Memorandum on the prevention of leprosy by segregation of the affected
Disease focus: Leprosy
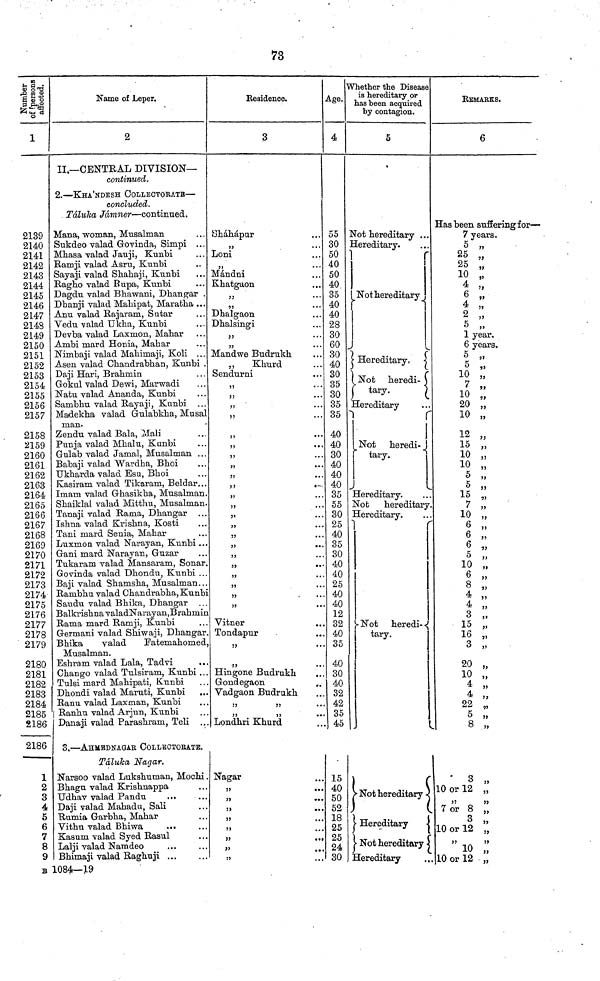
73
Number of persons affected.
1
2139
2140
2141
2142
2143
2144
2145
2146
2147
2143
2149
2150
2151
2152
2153
2154
2155
2156
2157
2158
2159
2160
2161
2162
2163
2164
2165
2166
2167
2168
2169
2170
2171
2172
2173
2174
2175
2176
2177
2178
2179
2180
2181
2182
2183
2184
2185
2186
2186
1
2
3
4
5
6
7
8
9
Name of Leper.
2
II.— CENTRAL DIVISION—
continued.
2. — KHA'NDESH COLLECTOEATE —
concluded.
Taluka Jamner — continued.
Mana, woman, Musalman
Sukdeo valad Govinda, Simpi ...
Mhasa valad Jauji, Kunbi
Ramji valad Asru, Kunbi
Sayaji valad Shahaji, Kunbi
Ragho valad Bupa, Kunbi
Dagdu valad Bhawani, Dhangar .
Dhanji valad Mabipat, Maratba ...
Anu valad Rajaram, Sutar
Vedu valad Ukha, Kunbi
Devba valad Laxmon, Mahar
Ambi mard Honia, Mabar
Nimbaji valad Mabimaji Koli ...
Asen valad Chandrabban, Kunbi .
Daji Hari, Brahmin
Gokul valad Dewi, Marwadi
Natu valad Ananda, Kunbi
Sambbu valad Rayaji, Kunbi ...
Madekba valad Gulabkha, Musal
man.
Zendu valad Bala, Mali
Punja valad Mbalu, Kinbi
Gulab valad Jamal, Musalman ...
Babaji valad Wardba, Bboi
Ukbarda valad Esu, Bboi
Kasiram valad Tikaram, Beldar...
Imam, valad Ghasikha, Musalman.
Shaiklat valad Mitthu, Musalman.
Tanaji valad Rama, Dhangar ...
Isbna valad Krishna, Kosti
Tani mard Senia, Mabar
Luxmon valad Narayan, Kunbi ...
Gani mard Narayan, Guzar
Tukaram valad Mansaram, Sonar.
Govinda valad Dhondu, Kunbi ...
Baji valad Shamsba, Musalman...
Rarabhu valad Chandrabha, Kunbi
Saudu valad Bhika, Dhangar
Balkrishna valad Narayan, Brabmin
Rama mard Ramji, Kunbi
Germani valad Shiwaji, Dbangar.
Bbika
valad
Fatemahomed,
Musalman.
Esbram valad Lala, Tadvi
...
Chango valad Tulsiram, Kunbi ...
Tulsi mard Mahipati, Kunbi
Dhondi valad Maruti, Kunbi
Ranu valad Laxman, Kunbi
Ranhu valad Arjun, Kunbi
Danaji valad Parasbram, Teli ...
3. — AHMBDNAGAB COLLECTOEATE.
Taluka Nagar.
Narsoo valad Luksbuman, Mochi .
Bhagu valad Krishnappa
Udbav valad Pandu
Daji valad Mahadu, Sali
Rumia Garbha, Mabar
Vithu valad Bhiwa
Kasum valad Syed Rasul
Lalji valad Namdeo
Bbimaji valad Raghuji ...
Residence.
3
Obabapur
"
Loni
"
...
Mandni
Kbatgaon
"
"
. ..
Dhalgaon
Dhalsingi
"
...
...
Mandwe Budrukb
,,
Khurd
Sendurni
"
...
"
...
Vitner
Tondapur
Hingone Budrukb
Gondegaon
Vadgaon Budrukb
Londhri Kburd
Age.
4
55
30
50
40
50
40
35
40
40
28
30
60
30
40
30
35
30
35
35
40
40
30
40
40
40
35
55
30
25
40
35
30
40
40
25
40
40
12
32
40
35
40
30
40
32
42
35
45
Whether the Disease
is hereditary or
has been acquired
by contagion.
5
Not bereditary ...
Hereditary.
Not hereditary
Hereditary
Not
beredi-
tary.
Hereditary
Not
beredi-
tary.
Hereditary.
Not
bereditary
Hereditary.
Not
heredi-
tary.
EEMARKS.
6
Has been suffering for —
7 years.
5 "
25 "
25 "
10 "
4 "
6 "
4 "
2 "
5 "
1
years.
6
yeras.
5 "
10 "
7 „
10 "
20 „
10 „
12 "
15 „
10 "
10 "
5 "
5 "
15 „
7 "
10 „
6 "
6 "
5 "
10 "
6 "
8 "
4 "
4 "
3 "
15 „
16 "
3
"
20 "
10 "
4 "
4 "
22 "
5
„
8 „
Nagar
15
40
50
52
18
25
25
24
30
Not hereditary -
Hereditary
Not hereditary
Hereditary
3 "
10 or 12 „
7 or 8 ,,
10 or 12 „
10 „
10 or 12 "
B 1084—19